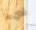
شيء